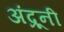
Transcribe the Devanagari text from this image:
अंद्रूनी